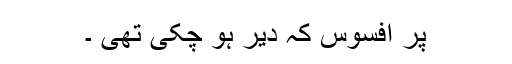
پر افسوس کہ دیر ہو چکی تھی ۔